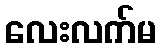
လေးလက်မ